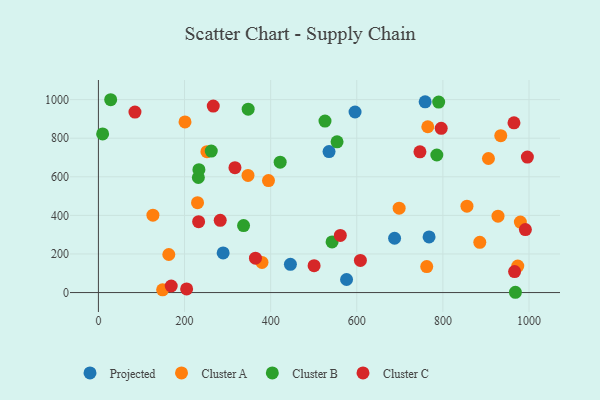
{"axis": {"x": "Ad Spend", "y": "Rating"}, "legend": ["Cluster A", "Cluster B", "Cluster C", "Projected"], "data": [{"x": "596.0", "y": 936.0, "type": "Projected"}, {"x": "576.3", "y": 67.8, "type": "Projected"}, {"x": "445.9", "y": 146.2, "type": "Projected"}, {"x": "687.8", "y": 281.6, "type": "Projected"}, {"x": "767.9", "y": 288.6, "type": "Projected"}, {"x": "289.7", "y": 205.7, "type": "Projected"}, {"x": "758.8", "y": 988.7, "type": "Projected"}, {"x": "535.6", "y": 730.6, "type": "Projected"}, {"x": "885.7", "y": 260.3, "type": "Cluster A"}, {"x": "379.9", "y": 156.0, "type": "Cluster A"}, {"x": "126.6", "y": 401.1, "type": "Cluster A"}, {"x": "163.5", "y": 197.4, "type": "Cluster A"}, {"x": "698.4", "y": 437.6, "type": "Cluster A"}, {"x": "230.2", "y": 466.1, "type": "Cluster A"}, {"x": "855.9", "y": 447.8, "type": "Cluster A"}, {"x": "201.1", "y": 884.6, "type": "Cluster A"}, {"x": "928.0", "y": 396.0, "type": "Cluster A"}, {"x": "252.0", "y": 730.0, "type": "Cluster A"}, {"x": "934.4", "y": 813.3, "type": "Cluster A"}, {"x": "973.9", "y": 137.2, "type": "Cluster A"}, {"x": "905.8", "y": 694.8, "type": "Cluster A"}, {"x": "347.4", "y": 607.0, "type": "Cluster A"}, {"x": "979.9", "y": 365.4, "type": "Cluster A"}, {"x": "762.5", "y": 134.8, "type": "Cluster A"}, {"x": "764.9", "y": 859.5, "type": "Cluster A"}, {"x": "395.0", "y": 580.7, "type": "Cluster A"}, {"x": "149.1", "y": 14.4, "type": "Cluster A"}, {"x": "232.1", "y": 596.3, "type": "Cluster B"}, {"x": "422.1", "y": 675.6, "type": "Cluster B"}, {"x": "542.6", "y": 262.3, "type": "Cluster B"}, {"x": "785.9", "y": 713.1, "type": "Cluster B"}, {"x": "526.2", "y": 889.0, "type": "Cluster B"}, {"x": "262.1", "y": 733.5, "type": "Cluster B"}, {"x": "9.8", "y": 822.1, "type": "Cluster B"}, {"x": "790.2", "y": 987.4, "type": "Cluster B"}, {"x": "28.5", "y": 999.5, "type": "Cluster B"}, {"x": "968.4", "y": 1.5, "type": "Cluster B"}, {"x": "233.4", "y": 636.8, "type": "Cluster B"}, {"x": "347.8", "y": 950.6, "type": "Cluster B"}, {"x": "337.1", "y": 347.3, "type": "Cluster B"}, {"x": "554.2", "y": 781.5, "type": "Cluster B"}, {"x": "266.7", "y": 966.5, "type": "Cluster C"}, {"x": "996.2", "y": 702.0, "type": "Cluster C"}, {"x": "232.7", "y": 367.3, "type": "Cluster C"}, {"x": "608.4", "y": 166.7, "type": "Cluster C"}, {"x": "796.1", "y": 851.4, "type": "Cluster C"}, {"x": "746.7", "y": 729.7, "type": "Cluster C"}, {"x": "169.1", "y": 33.9, "type": "Cluster C"}, {"x": "991.6", "y": 326.4, "type": "Cluster C"}, {"x": "204.9", "y": 18.9, "type": "Cluster C"}, {"x": "317.1", "y": 647.3, "type": "Cluster C"}, {"x": "966.5", "y": 108.6, "type": "Cluster C"}, {"x": "500.9", "y": 139.5, "type": "Cluster C"}, {"x": "282.9", "y": 374.4, "type": "Cluster C"}, {"x": "84.9", "y": 935.7, "type": "Cluster C"}, {"x": "561.8", "y": 296.0, "type": "Cluster C"}, {"x": "364.7", "y": 178.3, "type": "Cluster C"}, {"x": "965.1", "y": 879.9, "type": "Cluster C"}]}